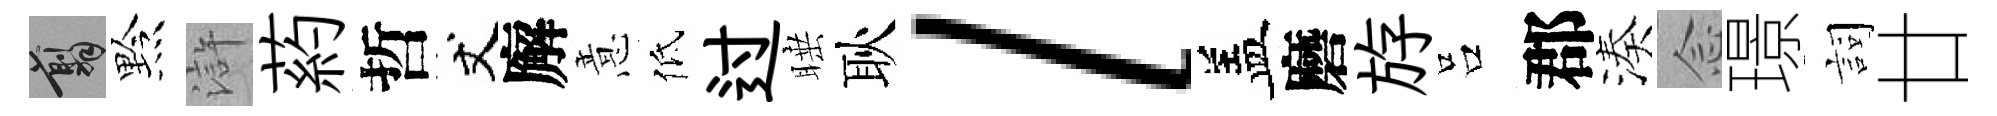
翦黔滸葯哲丈廨意低过睡耿l盖磨斿吕郡湊𫝹璟詞廿